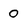
Character: 0